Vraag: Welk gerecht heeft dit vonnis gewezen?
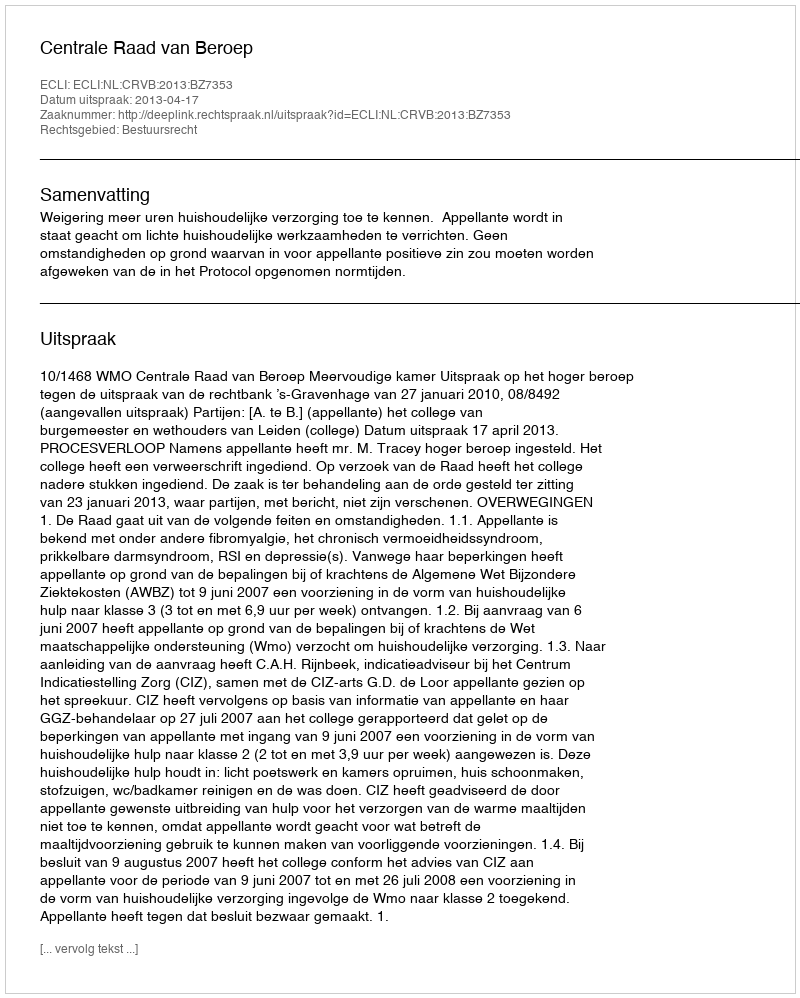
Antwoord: Centrale Raad van Beroep